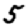
Digit: 5